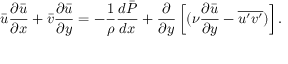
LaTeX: { \bar { u } } { \frac { \partial { \bar { u } } } { \partial x } } + { \bar { v } } { \frac { \partial { \bar { u } } } { \partial y } } = - { \frac { 1 } { \rho } } { \frac { d { \bar { P } } } { d x } } + { \frac { \partial } { \partial y } } \left[ ( \nu { \frac { \partial { \bar { u } } } { \partial y } } - { \overline { { u ^ { \prime } v ^ { \prime } } } } ) \right] .